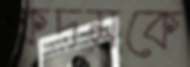
কদমকে